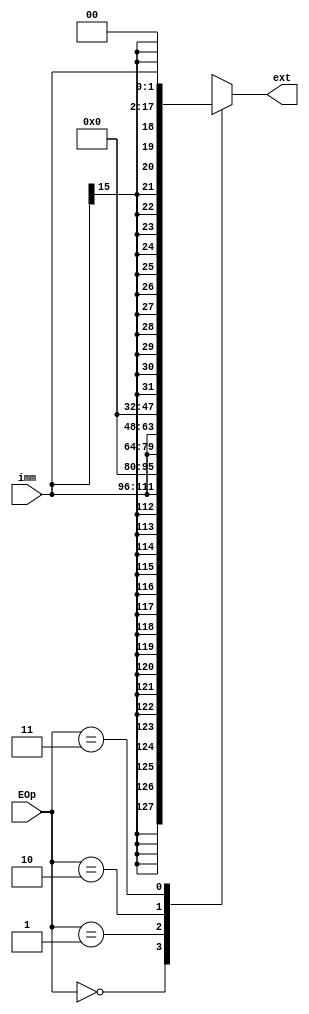
`timescale 1ns / 1ns
//////////////////////////////////////////////////////////////////////////////////
// Company: 
// Engineer: 
// 
// Design Name: 
// Module Name:    test 
// Project Name: 
// Target Devices: 
// Tool versions: 
// Description: 
//
// Dependencies: 
//
// Revision: 
// Revision 0.01 - File Created
// Additional Comments: 
//
//////////////////////////////////////////////////////////////////////////////////
module ext(
	input [15:0]	imm,
	input [1:0]		EOp,  // , 00, 01 : , 10 : 16 11 : 
	output [31:0]	ext
);
    reg [31:0]out;
	always @(*) begin
	    case(EOp)
		    0 : begin
				out = {{16{imm[15]}}, imm};
			end
			1 : begin
				out = {16'h0000, imm};
			end
			2 : begin
				out = {imm, 16'h0000};
			end
			3 : begin 
				out = {{14{imm[15]}}, imm, 2'b00};
			end
		endcase
	 end
	 assign ext = out;
endmodule

module extbyte(
	input [7:0]	imm,
	input EOp,
	output [31:0] ext
);
	assign ext = EOp ? {24'b0, imm} : {{24{imm[7]}}, imm};
endmodule